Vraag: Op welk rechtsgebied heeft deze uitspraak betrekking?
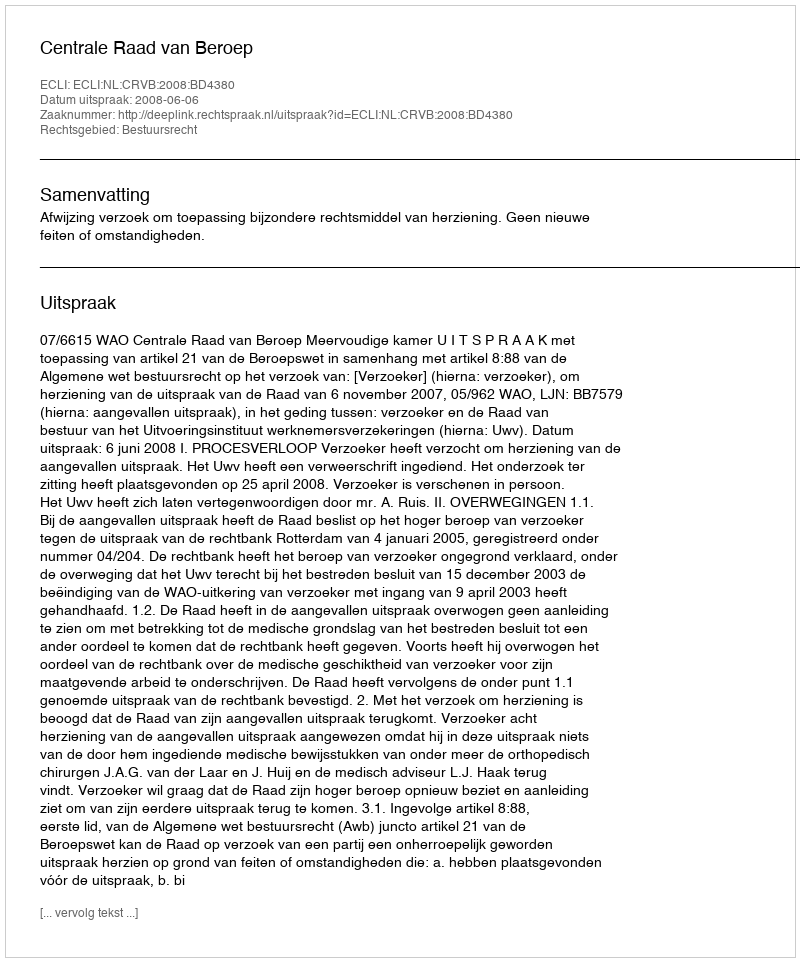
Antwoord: Bestuursrecht